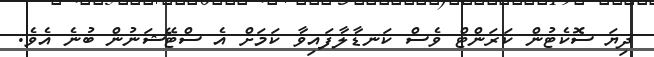
ދިޔަ ސޮކެޓުން ކަރަންޓް ވެސް ކަނޑާލާފައިވާ ކަމަށް އެ ސްޓޭޝަނުން ބުނެ އެވެ.